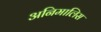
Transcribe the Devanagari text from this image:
अनिमालिस